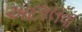
અછાલવા